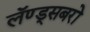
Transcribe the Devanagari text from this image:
लॅण्ड्सबरो